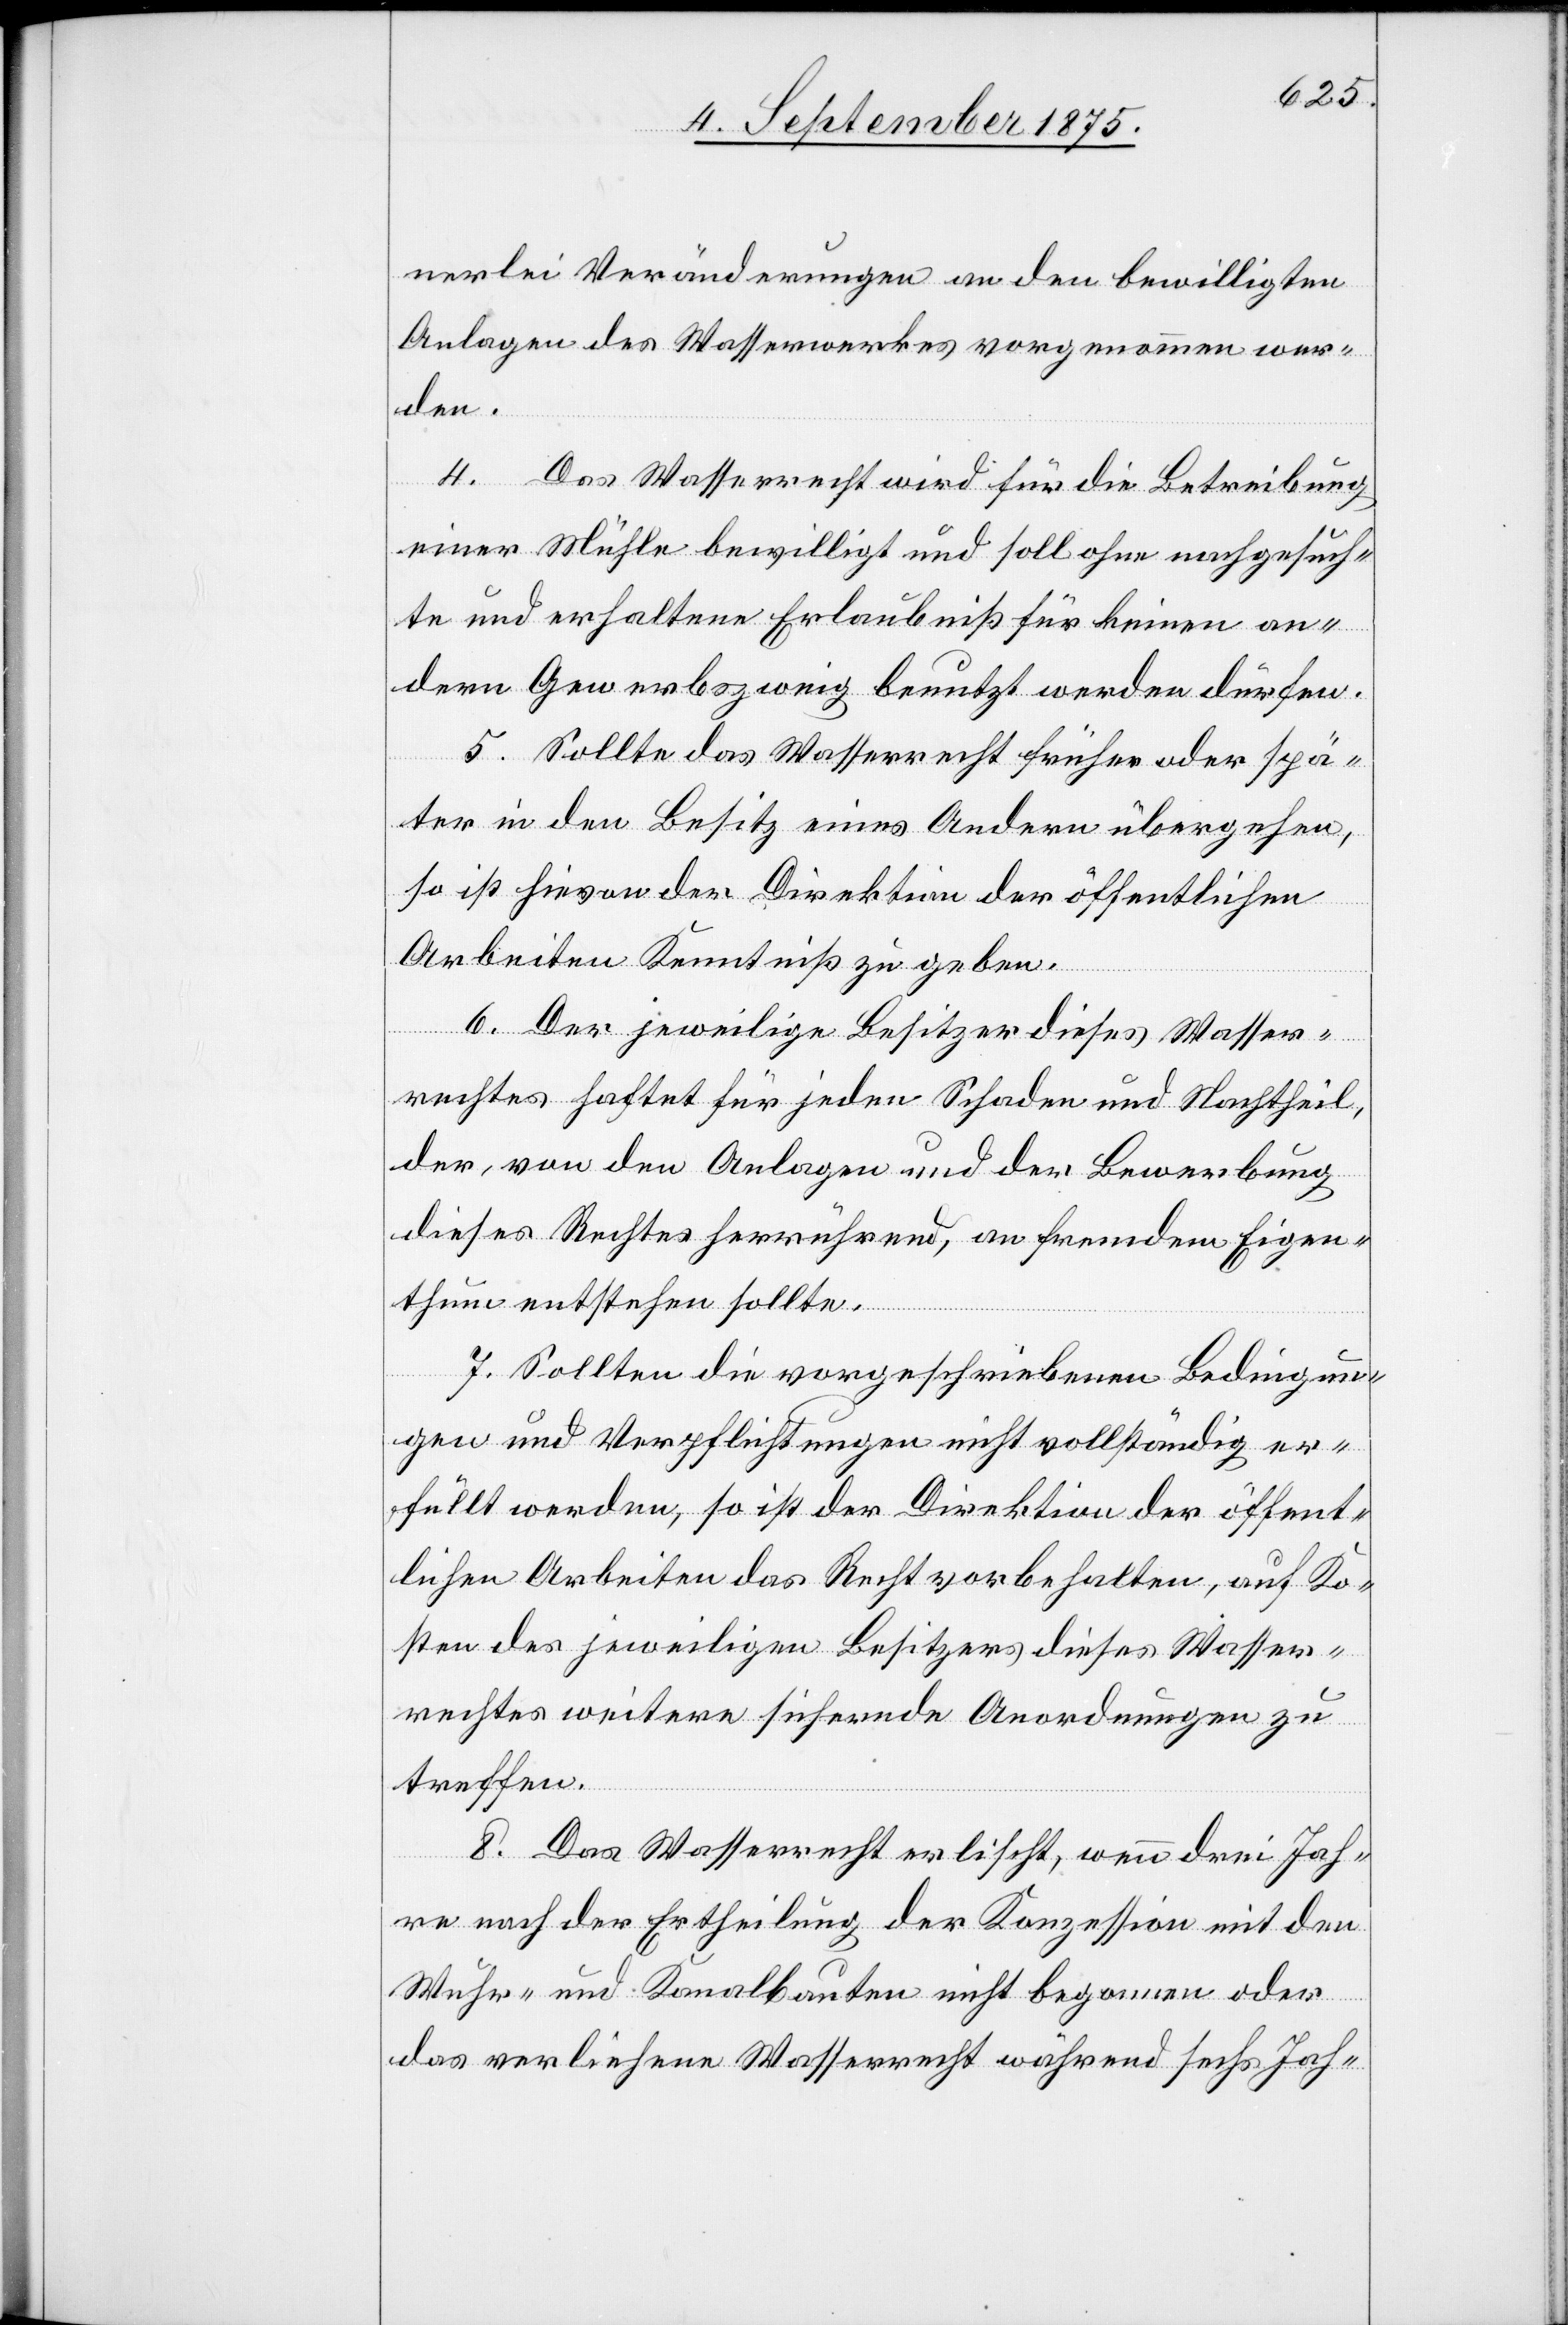
nerlei Veränderungen an den bewilligten
Anlagen des Wasserwerkes vorgenommen wer¬
den.
4. Das Wasserrecht wird für die Betreibung
einer Mühle bewilligt und soll ohne nachgesuch¬
te und erhaltene Erlaubniß für keinen an¬
dern Gewerbszweig benutzt werden dürfen.
5. Sollte das Wasserrecht früher oder spä¬
ter in den Besitz eines Andern übergehen,
so ist hievon der Direktion der öffentlichen
Arbeiten Kenntniß zu geben.
6. Der jeweilige Besitzer dieses Wasser¬
rechtes haftet für jeden Schaden und Nachtheil,
der, von den Anlagen und der Bewerbung
dieses Rechtes herrührend, an fremdem Eigen¬
thum entstehen sollte.
7. Sollten die vorgeschriebenen Bedingun¬
gen und Verpflichtungen nicht vollständig er¬
füllt werden so ist der Direktion der öffent¬
lichen Arbeiten das Recht vorbehalten, auf Ko¬
sten des jeweiligen Besitzers dieses Wasser¬
rechtes weitere sichernde Anordnungen zu
treffen.
8. Das Wasserrecht erlischt, wenn drei Jah¬
re nach der Ertheilung der Konzession mit den
Wuhr- und Kanalbauten nicht begonnen oder
das verliehene Wasserecht während sechs Jah-